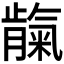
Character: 𬂕